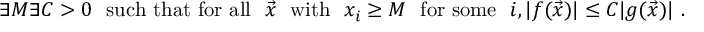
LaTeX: \exists M \exists C > 0 ~ { \mathrm { ~ s u c h ~ t h a t ~ f o r ~ a l l ~ } } ~ { \vec { x } } ~ { \mathrm { ~ w i t h ~ } } ~ x _ { i } \geq M ~ { \mathrm { ~ f o r ~ s o m e ~ } } ~ i , | f ( { \vec { x } } ) | \leq C | g ( { \vec { x } } ) | ~ .